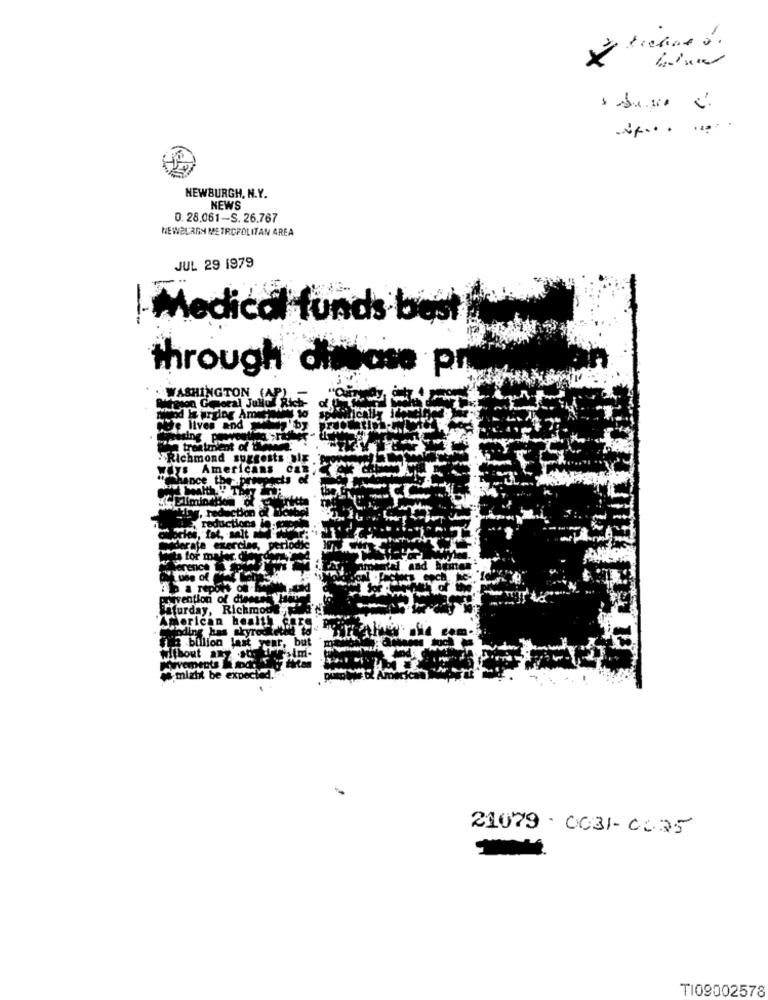
-
NEWBURGH, N.Y.
NEWS
0. 28.061-S. 26.767
NEWBURGH METROPOLITAN AREA
JUL 29 1979
I- Medical funds best
through dittase pr
WASHINGTON (A
pon Georal Julio Rich
She lives and 'pz
a treatment of -4
Richmond suggests sig .
Americans can
hance the prospects
reduc
"fat, salt
derata
its for mal
use of
ip a repous
pravention of disse
, Richmot
da blilion last
r, but
Mitbout
sim.
might be
21079- 0031- 0:35
TI09002578